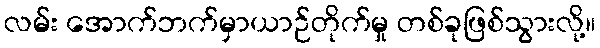
လမ်း အောက်ဘက်မှာယာဉ်တိုက်မှု တစ်ခုဖြစ်သွားလို့။